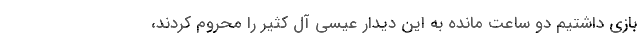
بازی داشتیم دو ساعت مانده به این دیدار عیسی آل کثیر را محروم کردند،